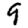
Digit: 9